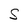
Character: S